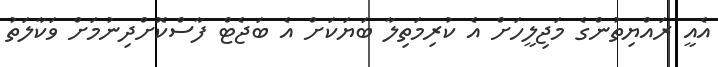
އެއީ ރައްޔިތުންގެ މަޖިލީހަށް އެ ކުރިމަތިލާ ބަޔަކަށް އެ ބަޖެޓް ފާސްކޮށްދިނުމަށް ވަކާލަތު